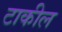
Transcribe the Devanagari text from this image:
टाकील